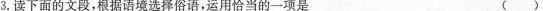
3.读下面的文段，根据语境选择俗语，运用恰当的-一项是 ( )